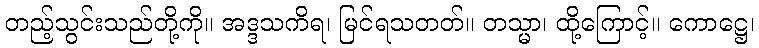
တည့်သွင်းသည်တို့ကို။ အဒ္ဒသကိရ၊ မြင်ရသတတ်။ တသ္မာ၊ ထို့ကြောင့်။ ကောဋ္ဌေ၊